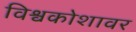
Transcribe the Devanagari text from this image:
विश्वकोशावर